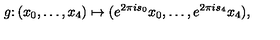
g \colon ( x _ { 0 } , \ldots , x _ { 4 } ) \mapsto ( e ^ { 2 \pi i s _ { 0 } } x _ { 0 } , \ldots , e ^ { 2 \pi i s _ { 4 } } x _ { 4 } ) ,